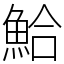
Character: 鮯